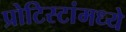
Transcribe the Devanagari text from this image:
प्रोटिस्टांमध्ये